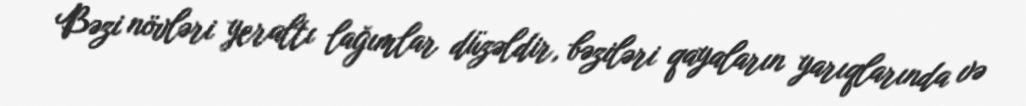
Bəzi növləri yeraltı lağımlar düzəldir, bəziləri qayaların yarıqlarında və